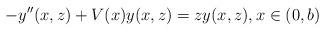
LaTeX: \begin{align*}-y''(x,z)+V(x)y(x,z)=zy(x,z), x\in(0,b)\end{align*}